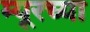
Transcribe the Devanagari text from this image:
म्यूरच्या